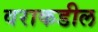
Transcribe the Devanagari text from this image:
वराकडील